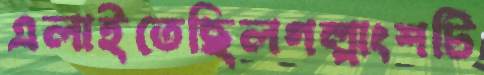
এলাইতেছিলগল্পাংশটি